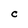
Character: C